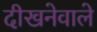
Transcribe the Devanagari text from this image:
दीखनेवाले